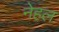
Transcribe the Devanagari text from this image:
नेहल